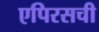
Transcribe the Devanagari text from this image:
एपिरसची